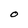
Character: O